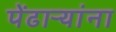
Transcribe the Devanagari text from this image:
पेंढाऱ्यांना